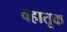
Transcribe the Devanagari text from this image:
वहातूक